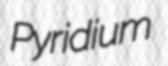
Pyridium